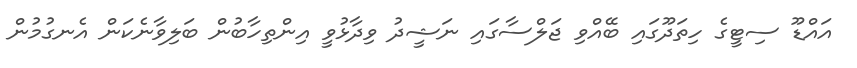
އައްޑޫ ސިޓީގެ ހިތަދޫގައި ބޭއްވި ޖަލްސާގައި ނަޝީދު ވިދާޅުވީ އިންތިހާބުން ބަލިވާނެކަން އެނގުމުން